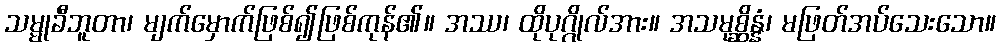
သမ္မုခီဘူတာ၊ မျက်မှောက်ဖြစ်၍ဖြစ်ကုန်၏။ အဿ၊ ထိုပုဂ္ဂိုလ်အား။ အသမုစ္ဆိန္နံ၊ မဖြတ်အပ်သေးသော။